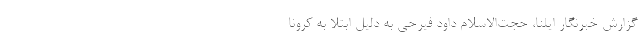
گزارش خبرنگار ایلنا، حجت‌الاسلام داود فیرحی به دلیل ابتلا به کرونا